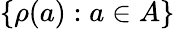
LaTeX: \{ \rho(a):a\in A\}